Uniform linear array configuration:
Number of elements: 8
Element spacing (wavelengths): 0.75
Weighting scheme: cosine
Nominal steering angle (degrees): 15
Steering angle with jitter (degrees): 14.094
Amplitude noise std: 0.05
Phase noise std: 0.05

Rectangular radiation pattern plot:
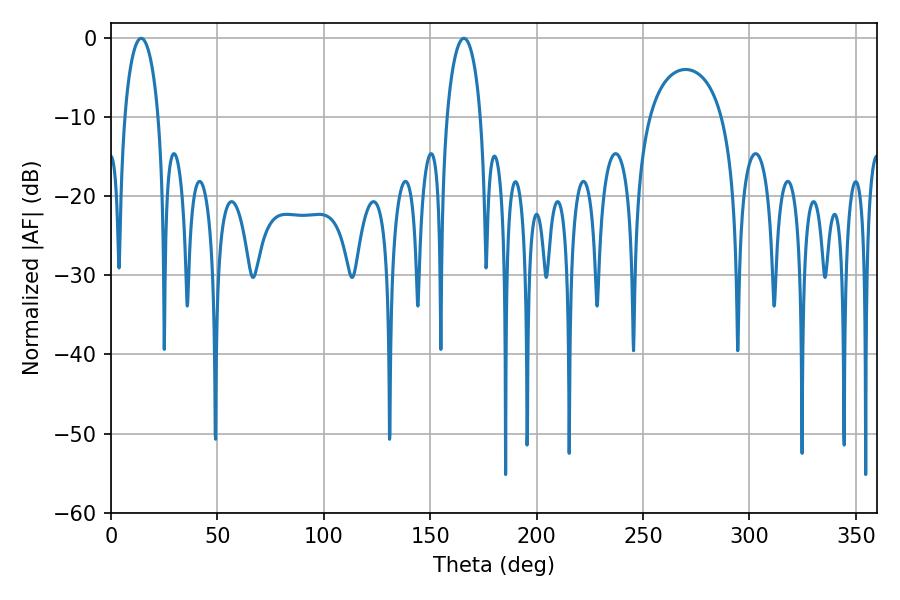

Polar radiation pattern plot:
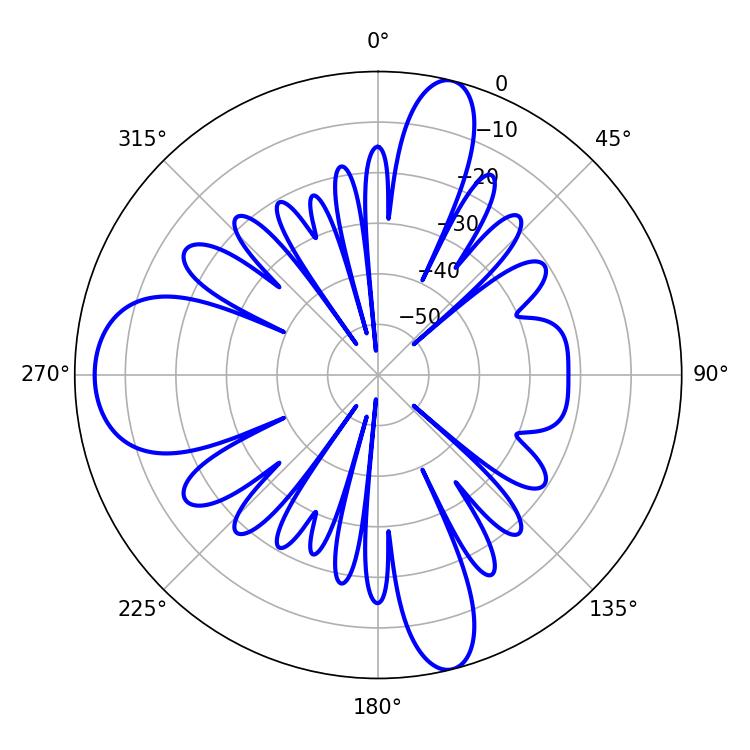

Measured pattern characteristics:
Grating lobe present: TRUE
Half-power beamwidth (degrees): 9
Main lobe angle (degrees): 14.22